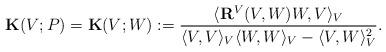
LaTeX: \begin{align*}{\bf K}(V;P)={\bf K}(V;W):=\frac{\langle{\bf R}^V(V,W)W,V\rangle_V}{\langle V,V\rangle_V\langle W,W\rangle_V-\langle V,W\rangle_V^2} .\end{align*}